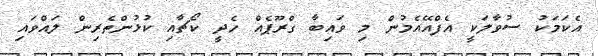
އެކަމަކު ސުވާލަކީ އެފްއޭއެމުން މި ވައިބާ ގްރޫޕެއް ހެދީ ކޯޗާއި ކުޅުންތެރިން ލައްވައި